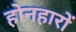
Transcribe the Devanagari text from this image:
होनहारों